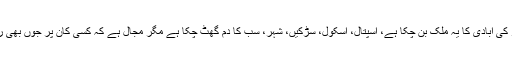
بائیس کروڑ کی آبادی کا یہ ملک بن چکا ہے، اسپتال، اسکول، سڑکیں، شہر، سب کا دم گھٹ چکا ہے مگر مجال ہے کہ کسی کان پر جوں بھی رینگ جائے۔